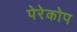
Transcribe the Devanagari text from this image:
पेरेकोप